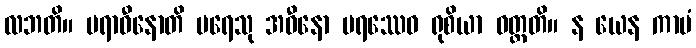
လဘတိ။ ပရာဓီနောတိ ပရေသု အဓီနော ပရဿေဝ ရုစိယာ ဝတ္တတိ။ န ယေန ကာမံ